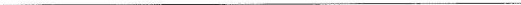
___